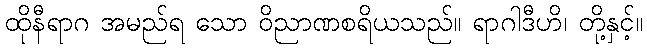
ထိုနီရာဂ အမည်ရ သော ဝိညာဏစရိယသည်။ ရာဂါဒီဟိ၊ တို့နှင့်။